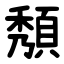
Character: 頺